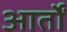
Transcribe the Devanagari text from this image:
आर्तों